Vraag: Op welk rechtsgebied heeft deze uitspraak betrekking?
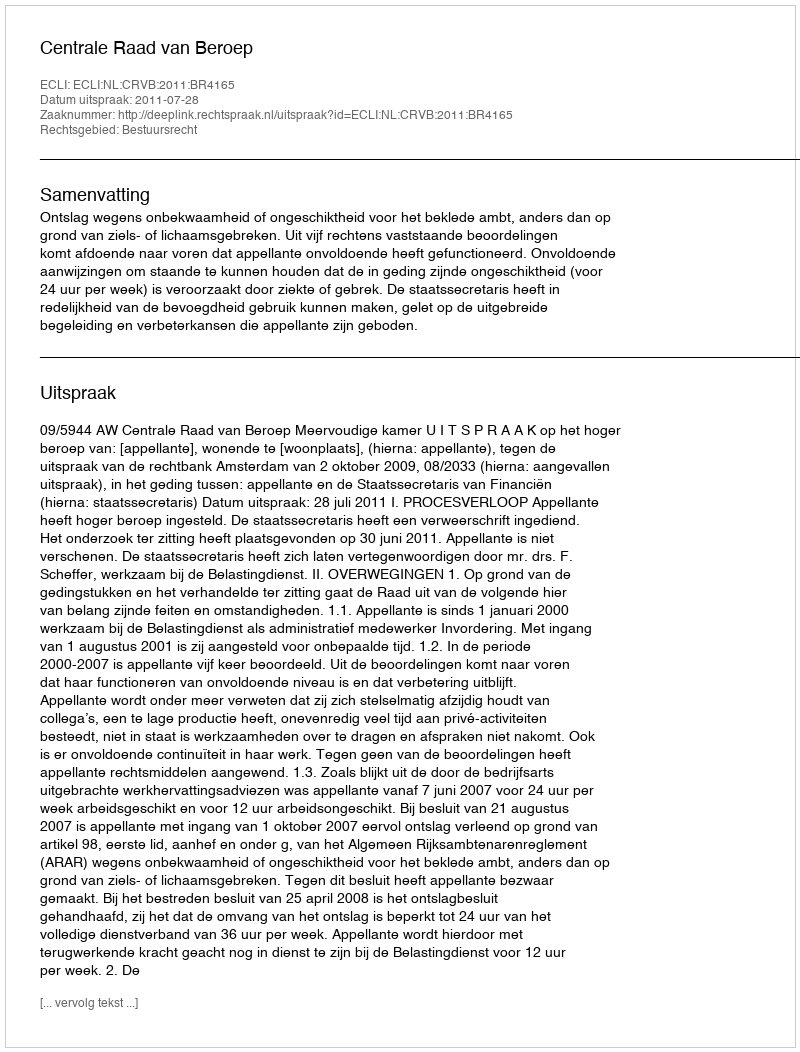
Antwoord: Bestuursrecht